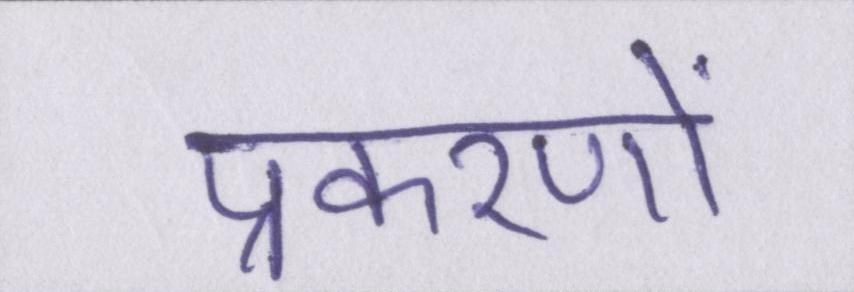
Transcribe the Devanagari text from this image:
प्रकरणों